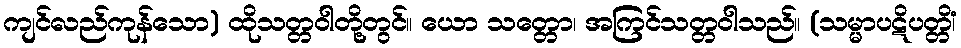
ကျင်လည်ကုန်သော) ထိုသတ္တဝါတို့တွင်။ ယော သတ္တော၊ အကြင်သတ္တဝါသည်။ (သမ္မာပဋိပတ္တိံ၊